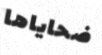
ضحاياها